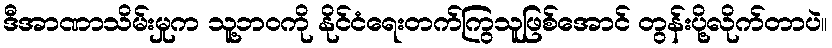
ဒီအာဏာသိမ်းမှုက သူ့ဘဝကို နိုင်ငံရေးတက်ကြွသူဖြစ်အောင် တွန်းပို့လိုက်တာပဲ။